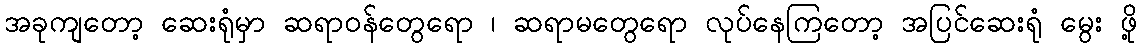
အခုကျတော့ ဆေးရုံမှာ ဆရာဝန်တွေရော ၊ ဆရာမတွေရော လုပ်နေကြတော့ အပြင်ဆေးရုံ မွေး ဖို့